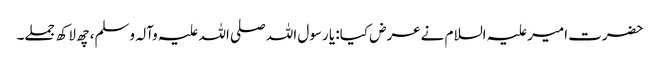
حضرت امیرعلیہ السلام نےعرض کیا: یا رسول اللہ صلی اللہ علیہ وآلہ وسلم، چھ لاکھ جملے۔